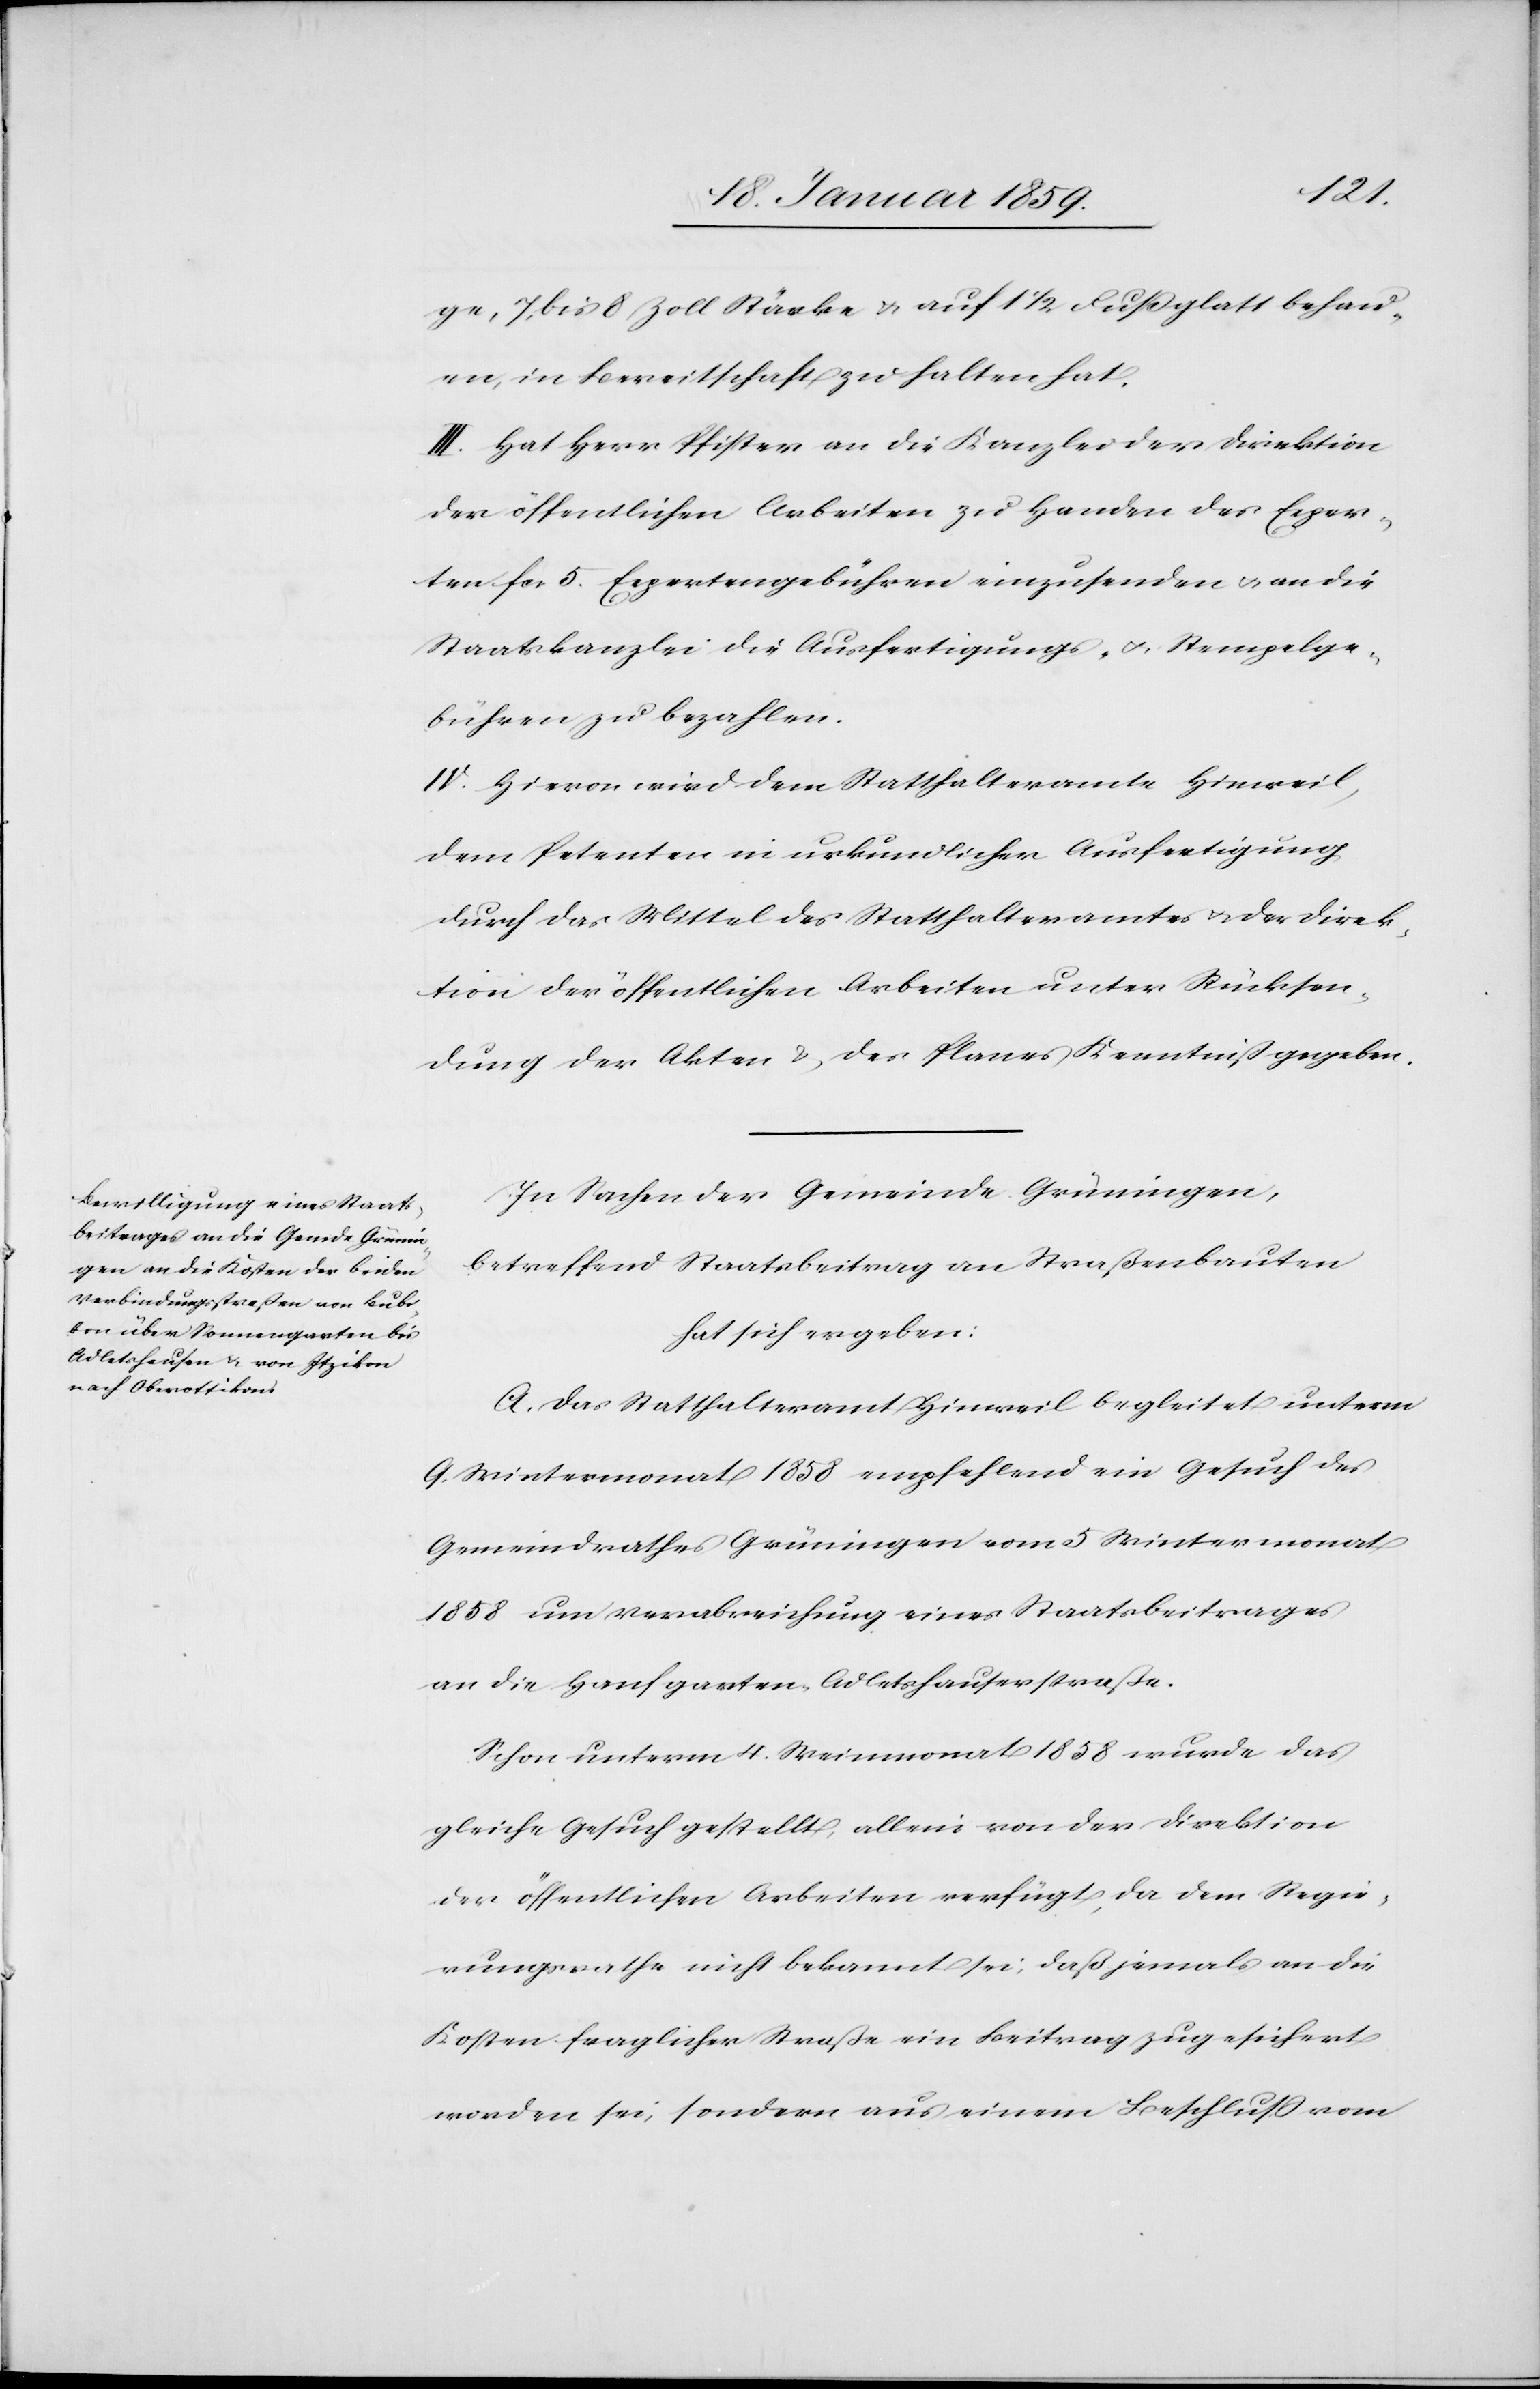
ge, 7. bis 8 Zoll Stärke u. auf 1 1/2 Fuß glatt behau¬
en, in Bereitschaft zu halten hat.
III Hat Herr Pfister an die Kanzlei der Direktion
der öffentlichen Arbeiten zu Handen des Exper¬
ten fcs 5. Expertengebühren einzusenden u. an die
Staatskanzlei die Ausfertigungs- u. Stempelge¬
bühren zu bezahlen.
IV. Hievon wird dem Statthalteramte Hinweil,
dem Petenten in urkundlicher Ausfertigung
durch das Mittel des Statthalteramtes u. der Direk¬
tion der öffentlichen Arbeiten unter Rücksen¬
dung der Akten & des Planes Kenntniß gegeben.
In Sachen der Gemeinde Grüningen,
betreffend Staatsbeitrag an Straßenbauten
hat sich ergeben:
A. Das Statthalteramt Hinweil begleitet unterm
9. Wintermonat 1858 empfehlend ein Gesuch des
Gemeindrathes Grüningen vom 5 Wintermonat
1858 um Verabreichung eines Staatsbeitrages
an die Hanfgarten-Adletshauserstraße.
Schon unterm 4. Weinmonat 1858 wurde das
gleiche Gesuch gestellt, allein von der Direktion
der öffentlichen Arbeiten verfügt, da dem Regie¬
rungsrathe nicht bekannt sei, daß jemals an die
Kosten fraglicher Straße ein Beitrag zugesichert
worden sei, sondern aus einem Beschluß vom